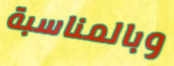
وبالمناسبة